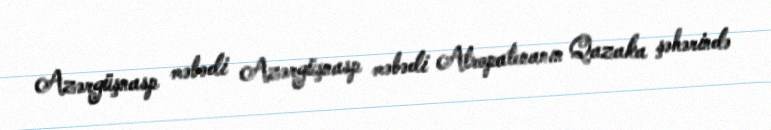
Azərgüşnasp məbədi Azərgüşnasp məbədi Atropatenanın Qazaka şəhərində